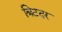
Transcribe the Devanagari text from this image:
बिटदर